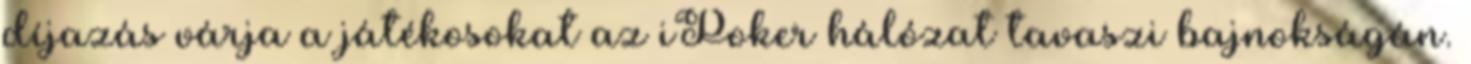
díjazás várja a játékosokat az iPoker hálózat tavaszi bajnokságán.